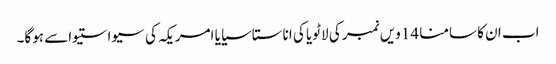
اب ان کا سامنا 14ویں نمبر کی لاٹویا کی اناستاسیایا امریکہ کی سیواستیواسے ہوگا۔